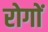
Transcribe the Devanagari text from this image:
रोगाें